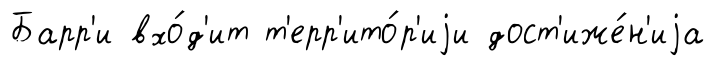
Барр'и вхо́д'ит т'ерр'ито́р'иjи дост'иже́н'иjа